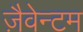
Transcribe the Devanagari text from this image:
ज़ैवेन्टम